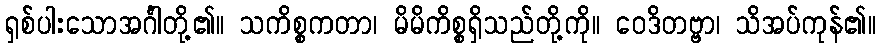
ရှစ်ပါးသောအင်္ဂါတို့၏။ သကိစ္စကတာ၊ မိမိကိစ္စရှိသည်တို့ကို။ ဝေဒိတဗ္ဗာ၊ သိအပ်ကုန်၏။